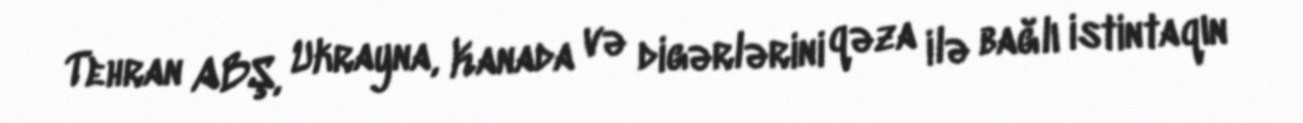
Tehran ABŞ, Ukrayna, Kanada və digərlərini qəza ilə bağlı istintaqın